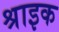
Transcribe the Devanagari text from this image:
श्राइक